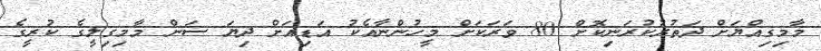
މާމިގިއްޔަށް ދަތުރުކުރަނިކޮށް 80 ވަރަކަށް މީހުންނާއެކު އަޑިއަށް ދިޔަ ސަން މާމިގިލީގެ ކުރީގެ